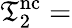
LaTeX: \mathfrak{T}_{2}^{\mathrm{{nc}}}=